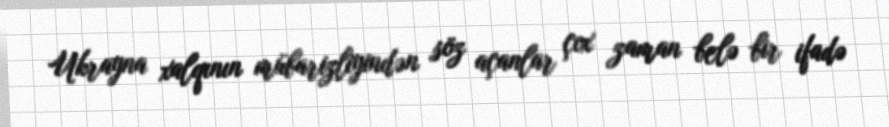
Ukrayna xalqının mübarizliyindən söz açanlar çox zaman belə bir ifadə